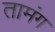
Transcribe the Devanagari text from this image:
तामंग